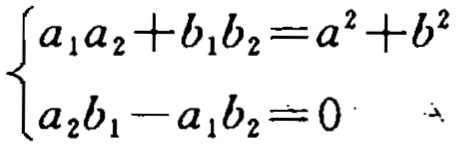
$\begin{cases}
a_{1}a_{2}+b_{1}b_{2}=a^{2}+b^{2}\\
a_{2}b_{1}-a_{1}b_{2}=0
\end{cases}$